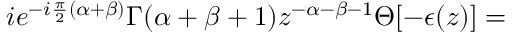
i e ^ { - i \frac { \pi } { 2 } ( \alpha + \beta ) } \Gamma ( \alpha + \beta + 1 ) z ^ { - \alpha - \beta - 1 } \Theta [ - \epsilon ( z ) ] =